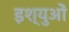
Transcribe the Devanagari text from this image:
इश्युओं